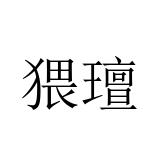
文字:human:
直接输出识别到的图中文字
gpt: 猥璮